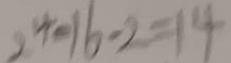
2 ^ { 4 } - 1 6 - 2 = 1 4